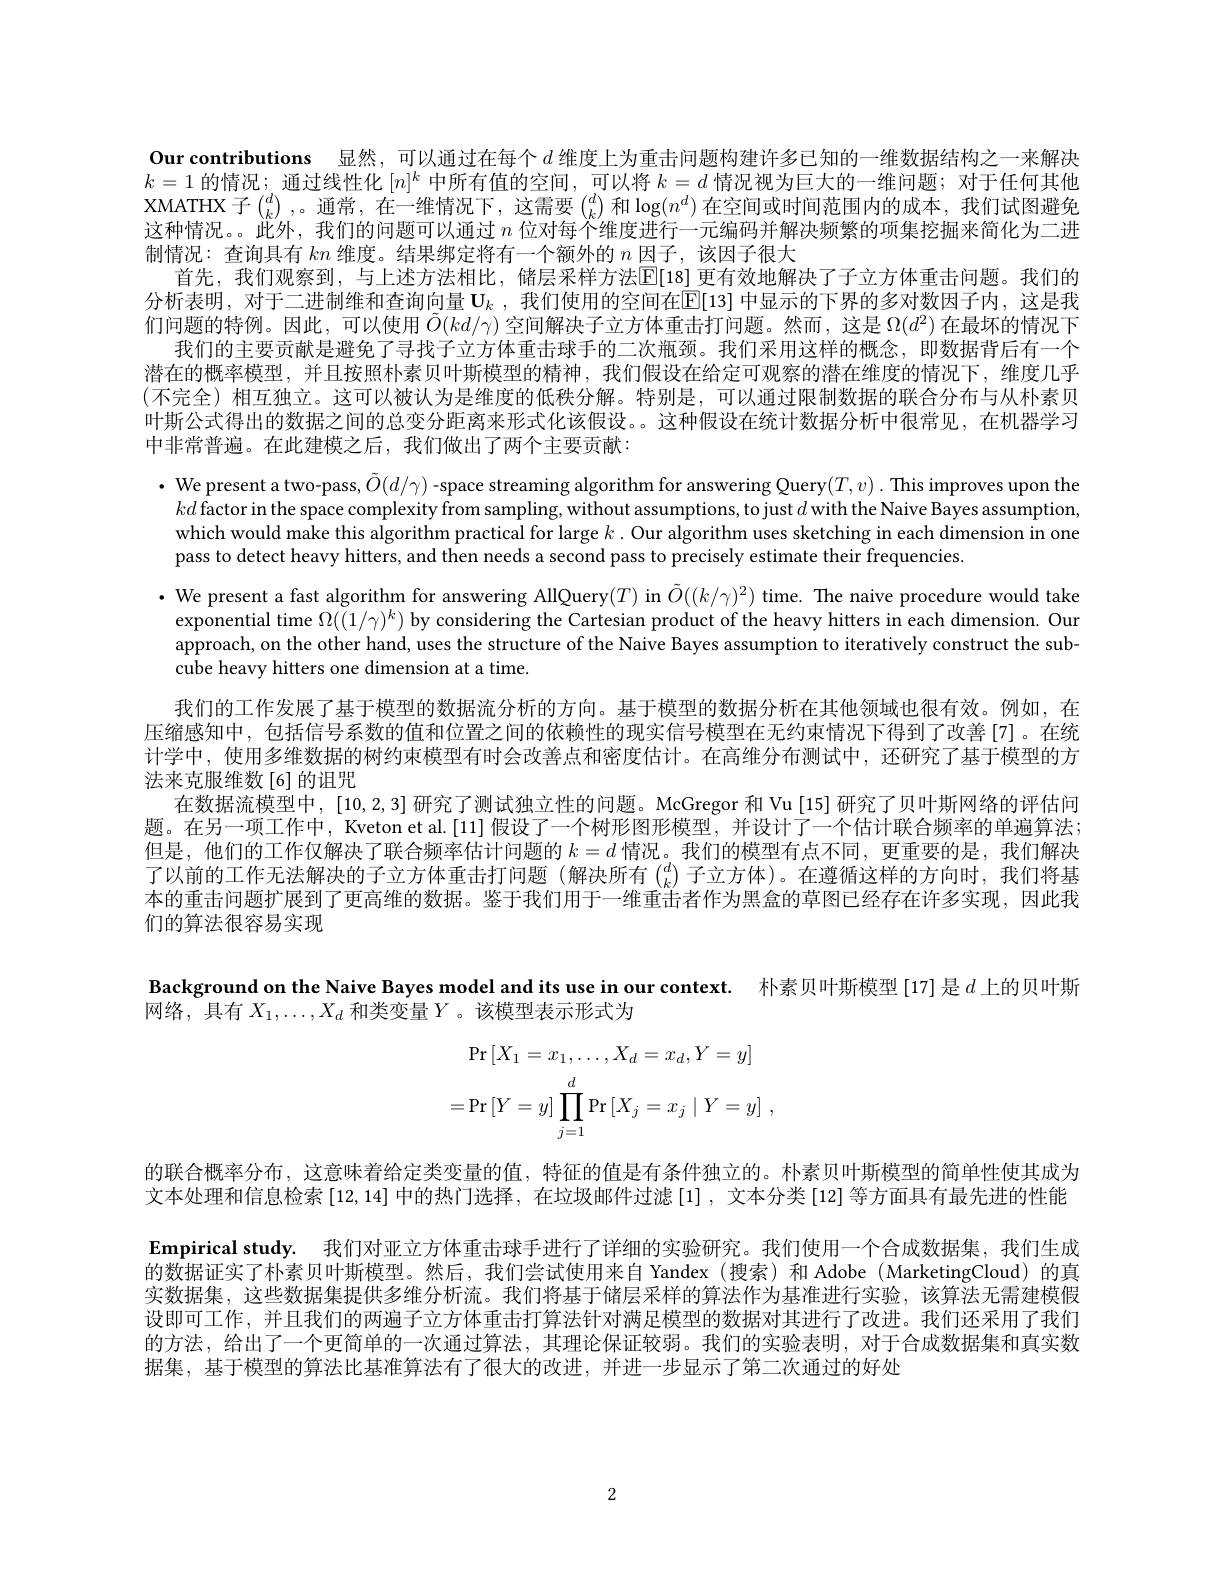
Our contributions 显然，可以通过在每个$d$ 维度上为重击问题构建许多已知的一维数据结构之一来解决$k=1$的情况；通过线性化$[n]^k$中所有值的空间，可以将$k=d$情况视为巨大的一维问题；对于任何其他XMATHX 子$\binom dk$,。通常，在一维情况下，这需要$\binom dk$和$\log(n^d)$在空间或时间范围内的成本，我们试图避免这种情况。此外，我们的问题可以通过$n$位对每个维度进行一元编码并解决频繁的项集挖掘来简化为二进制情况：查询具有$kn$维度。结果绑定将有一个额外的$n$因子，该因子很大
首先，我们观察到，与上述方法相比，储层采样方法$\mathbb{E}[18]$ 更有效地解决了子立方体重击问题。我们的分析表明，对于二进制维和查询向量$\mathbf{U} _k$ , 我 们 使 用 的 空 间 在 E[ 13] 中 显 示 的 下 界 的 多 对 数 因 子 内 , 这 是 我 们问题的特例。因此，可以使用$\tilde{O}(kd/\gamma)$空间解决子立方体重击打问题。然而，这是$\Omega(d^2)$在最坏的情况下
我们的主要贡献是避免了寻找子立方体重击球手的二次瓶颈。我们采用这样的概念，即数据背后有一个潜在的概率模型，并且按照朴素贝叶斯模型的精神，我们假设在给定可观察的潜在维度的情况下，维度几乎(不完全)相互独立。这可以被认为是维度的低秩分解。特别是，可以通过限制数据的联合分布与从朴素贝叶斯公式得出的数据之间的总变分距离来形式化该假设。这种假设在统计数据分析中很常见，在机器学习中非常普遍。在此建模之后，我们做出了两个主要贡献：

$\cdot$ We present a two-pass, $\tilde{O}(d/\gamma)$ -space streaming algorithm for answering Query$(T,v).$ This improves upon the $kd$ factor in the space complexity from sampling, without assumptions, to just $d$ with the Naive Bayes assumption, which would make this algorithm practical for large $k$ . Our algorithm uses sketching in each dimension in one pass to detect heavy hitters, and then needs a second pass to precisely estimate their frequencies.
$\cdot$ We present a fast algorithm for answering AllQuery(T) in $\tilde{O}((k/\gamma)^2)$ time. The naive procedure would take
exponential time $\Omega((1/\gamma)^k)$ by considering the Cartesian product of the heavy hitters in each dimension. Our approach, on the other hand, uses the structure of the Naive Bayes assumption to iteratively construct the subcube heavy hitters one dimension at a time.
我们的工作发展了基于模型的数据流分析的方向。基于模型的数据分析在其他领域也很有效。例如，在压缩感知中，包括信号系数的值和位置之间的依赖性的现实信号模型在无约束情况下得到了改善[7]。在统计学中，使用多维数据的树约束模型有时会改善点和密度估计。在高维分布测试中，还研究了基于模型的方法来克服维数[6]的诅咒
在数据流模型中，[10,2,3]研究了测试独立性的问题。McGregor 和 Vu [15] 研究了贝叶斯网络的评估问题。在另一项工作中，Kveton et al.[11] 假设了一个树形图形模型，并设计了一个估计联合频率的单遍算法； 但是，他们的工作仅解决了联合频率估计问题的$k=d$情况。我们的模型有点不同，更重要的是，我们解决了以前的工作无法解决的子立方体重击打问题(解决所有$\binom ak$子立方体)。在遵循这样的方向时，我们将基本的重击问题扩展到了更高维的数据。鉴于我们用于一维重击者作为黑盒的草图已经存在许多实现，因此我们的算法很容易实现
Background on the Naive Bayes model and its use in our context. 朴素贝叶斯模型[17] 是$d$上的贝叶斯

网络，具有$X_1,\ldots,X_d$和类变量$Y$。该模型表示形式为
$$\Pr\left[X_{1}=x_{1},\ldots,X_{d}=x_{d},Y=y\right]\\=\Pr\left[Y=y\right]\prod_{j=1}^{d}\Pr\left[X_{j}=x_{j}\mid Y=y\right]\:,$$
的联合概率分布，这意味着给定类变量的值，特征的值是有条件独立的。朴素贝叶斯模型的简单性使其成为文本处理和信息检索[12,14]中的热门选择，在垃圾邮件过滤 [1] , 文本分类 [12] 等方面具有最先进的性能Empirical study. 我们对亚立方体重击球手进行了详细的实验研究。我们使用一个合成数据集，我们生成的数据证实了朴素贝叶斯模型。然后，我们尝试使用来自 Yandex(搜索)和 Adobe(MarketingCloud)的真实数据集，这些数据集提供多维分析流。我们将基于储层采样的算法作为基准进行实验，该算法无需建模假设即可工作，并且我们的两遍子立方体重击打算法针对满足模型的数据对其进行了改进。我们还采用了我们的方法，给出了一个更简单的一次通过算法，其理论保证较弱。我们的实验表明，对于合成数据集和真实数据集，基于模型的算法比基准算法有了很大的改进，并进一步显示了第二次通过的好处

2